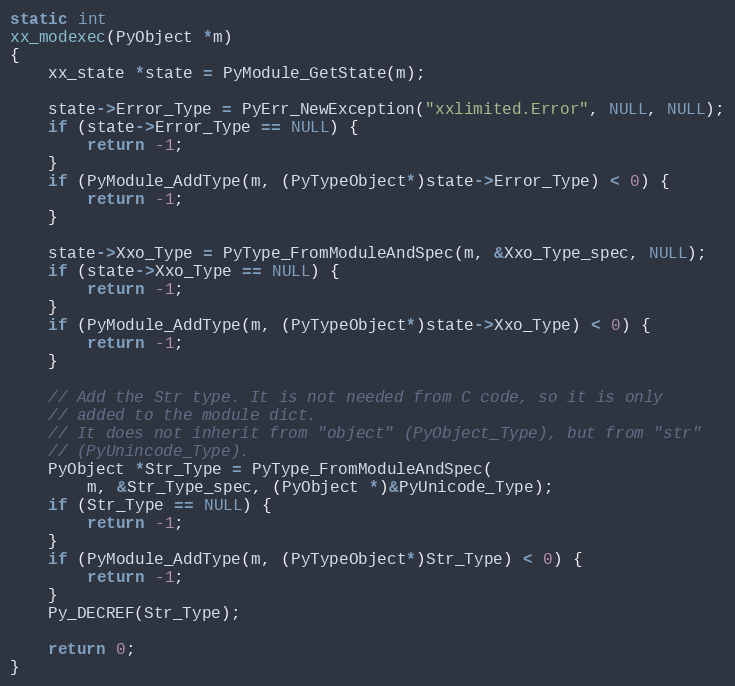
Language: C
static int
xx_modexec(PyObject *m)
{
    xx_state *state = PyModule_GetState(m);

    state->Error_Type = PyErr_NewException("xxlimited.Error", NULL, NULL);
    if (state->Error_Type == NULL) {
        return -1;
    }
    if (PyModule_AddType(m, (PyTypeObject*)state->Error_Type) < 0) {
        return -1;
    }

    state->Xxo_Type = PyType_FromModuleAndSpec(m, &Xxo_Type_spec, NULL);
    if (state->Xxo_Type == NULL) {
        return -1;
    }
    if (PyModule_AddType(m, (PyTypeObject*)state->Xxo_Type) < 0) {
        return -1;
    }

    // Add the Str type. It is not needed from C code, so it is only
    // added to the module dict.
    // It does not inherit from "object" (PyObject_Type), but from "str"
    // (PyUnincode_Type).
    PyObject *Str_Type = PyType_FromModuleAndSpec(
        m, &Str_Type_spec, (PyObject *)&PyUnicode_Type);
    if (Str_Type == NULL) {
        return -1;
    }
    if (PyModule_AddType(m, (PyTypeObject*)Str_Type) < 0) {
        return -1;
    }
    Py_DECREF(Str_Type);

    return 0;
}